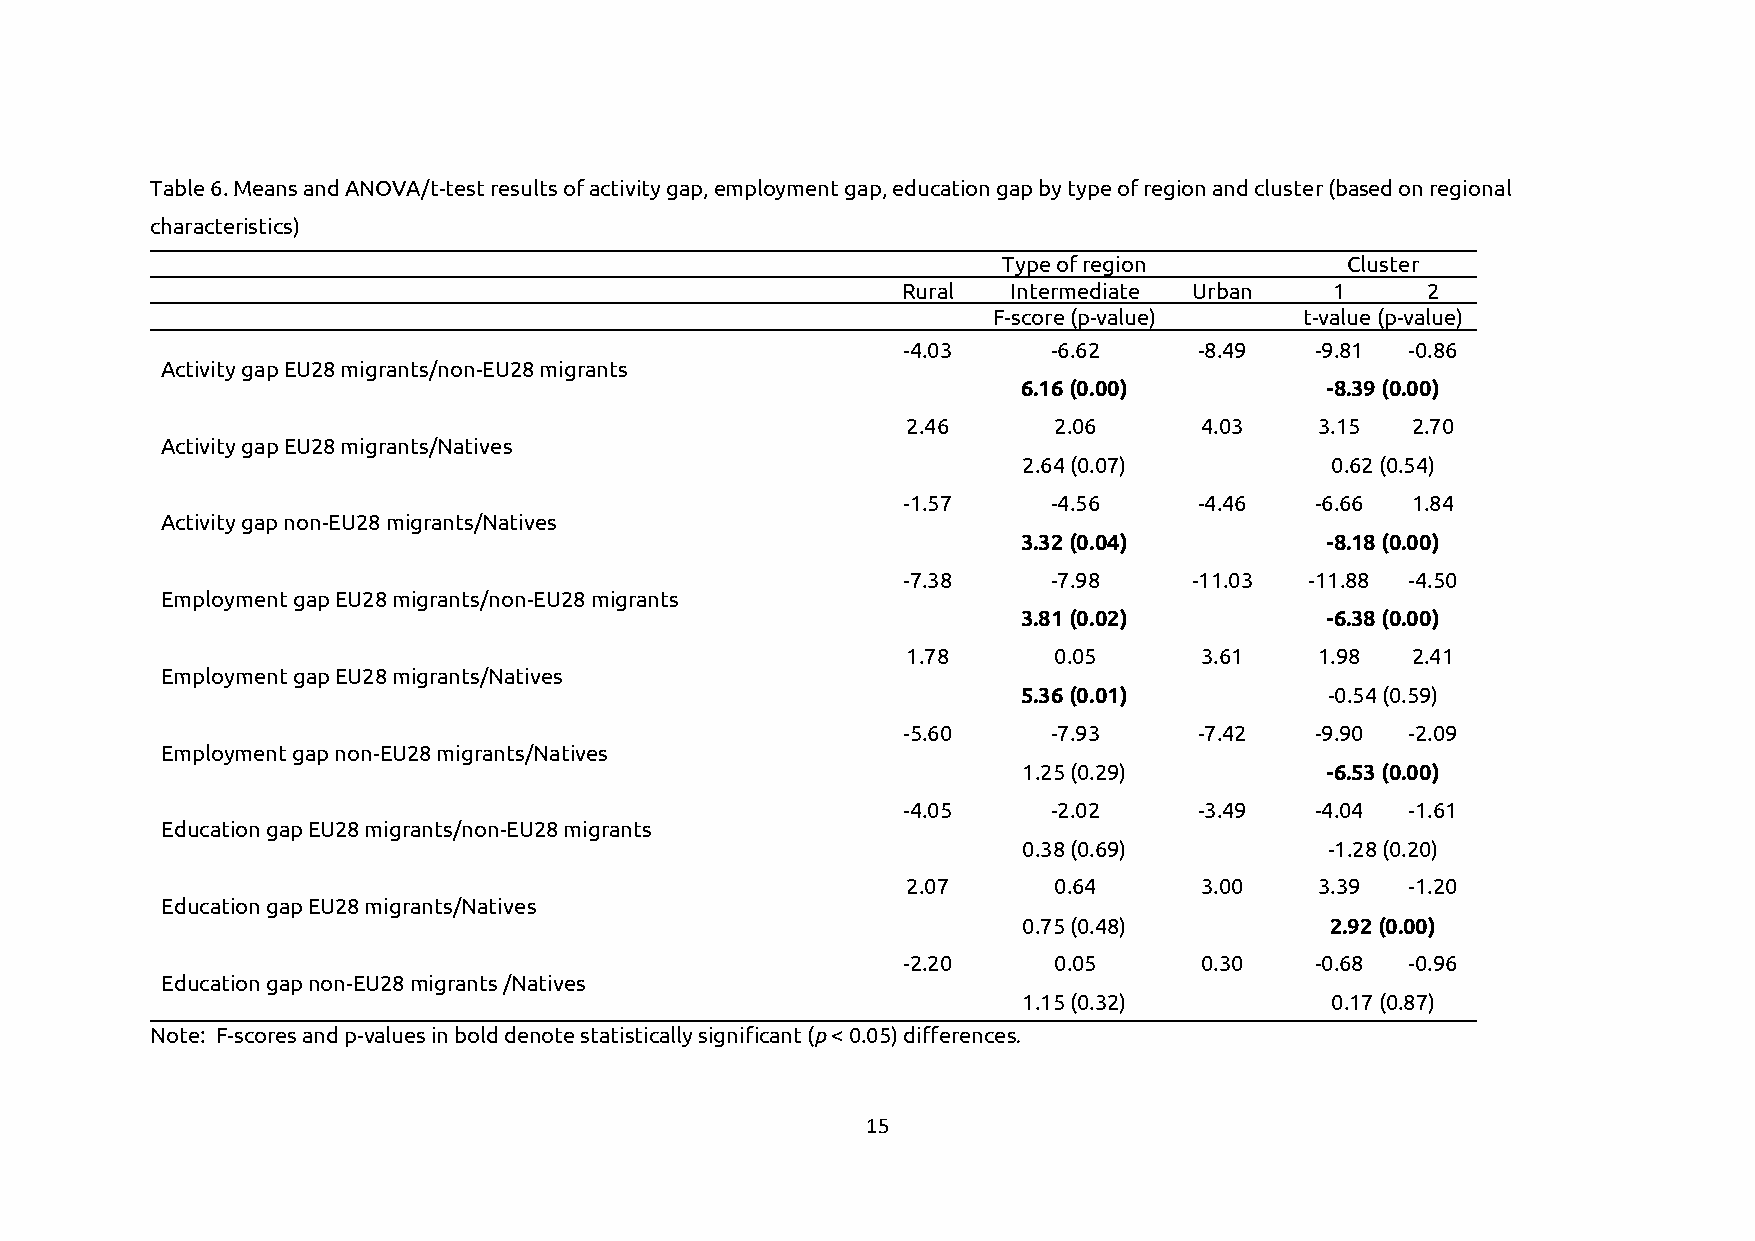
Table 6. Means and ANOVA/t-test results of activity gap, employment gap, education gap by type of region and cluster (based on regional
 characteristics)
 Type of region         Cluster
 Rural  Intermediate Urban   1     2
 F-score (p-value)   t-value (p-value)
 -4.03     -6.62    -8.49   -9.81 -0.86
 Activity gap EU28 migrants/non-EU28 migrants
 6.16 (0.00)         -8.39 (0.00)
 2.46      2.06     4.03    3.15  2.70
 Activity gap EU28 migrants/Natives
 2.64 (0.07)         0.62 (0.54)
 -1.57     -4.56    -4.46   -6.66 1.84
 Activity gap non-EU28 migrants/Natives
 3.32 (0.04)         -8.18 (0.00)
 -7.38     -7.98    -11.03  -11.88 -4.50
 Employment gap EU28 migrants/non-EU28 migrants
 3.81 (0.02)         -6.38 (0.00)
 1.78      0.05     3.61    1.98  2.41
 Employment gap EU28 migrants/Natives
 5.36 (0.01)         -0.54 (0.59)
 -5.60     -7.93    -7.42   -9.90 -2.09
 Employment gap non-EU28 migrants/Natives
 1.25 (0.29)         -6.53 (0.00)
 -4.05     -2.02    -3.49   -4.04 -1.61
 Education gap EU28 migrants/non-EU28 migrants
 0.38 (0.69)         -1.28 (0.20)
 2.07      0.64     3.00    3.39  -1.20
 Education gap EU28 migrants/Natives
 0.75 (0.48)         2.92 (0.00)
 -2.20     0.05     0.30    -0.68 -0.96
 Education gap non-EU28 migrants /Natives
 1.15 (0.32)         0.17 (0.87)
 Note: F-scores and p-values in bold denote statistically significant (p < 0.05) differences.
 15